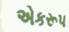
એકરૂપ